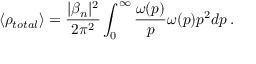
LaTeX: \langle \rho _ { t o t a l } \rangle = \frac { | \beta _ { n } | ^ { 2 } } { 2 \pi ^ { 2 } } \int _ { 0 } ^ { \infty } \frac { \omega ( p ) } { p } \omega ( p ) p ^ { 2 } d p \, .